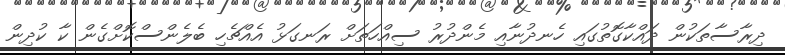
ދިރާސާތަކުން ދައްކާގޮތުގައި ހެނދުނާއި މެންދުރު ސިއްހަތަށް ރަނގަޅު އެއްޗެހި ބެލެންސްކޮށްގެން ކާ ކުދިން